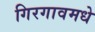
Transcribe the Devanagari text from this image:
गिरगावमधे